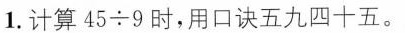
1. 计算 45 \div 9 时，用口诀五九四十五。